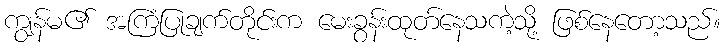
ကျွန်မ၏ အကြံပြုချက်တိုင်းက မေးခွန်းထုတ်နေသကဲ့သို့ ဖြစ်နေတော့သည်။